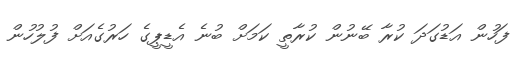
ފަހުން އަޑުގަދަ ކުރާ ބޭނުން ކުރާތީ ކަމަށް ބުނެ އެޑީޕީގެ ހަރުގެއަށް ފުލުހުން